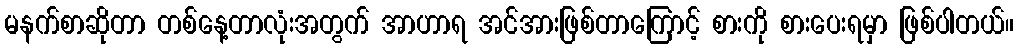
မနက်စာဆိုတာ တစ်နေ့တာလုံးအတွက် အာဟာရ အင်အားဖြစ်တာကြောင့် စားကို စားပေးရမှာ ဖြစ်ပါတယ်။